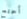
أحتج